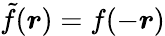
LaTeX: \tilde{f}(\boldsymbol r)=f(-\boldsymbol r)